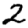
Digit: 2